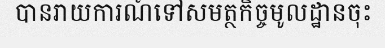
បានរាយការណ៍ទៅសមត្ថកិច្ចមូលដ្ឋានចុះ